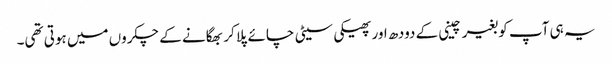
یہ ہی آپ کو بغیر چینی کے دودھ اور پھیکی سیٹی چائے پلا کر بھگانے کے چکروں میں ہوتی تھی۔